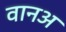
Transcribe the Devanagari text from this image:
वानअ